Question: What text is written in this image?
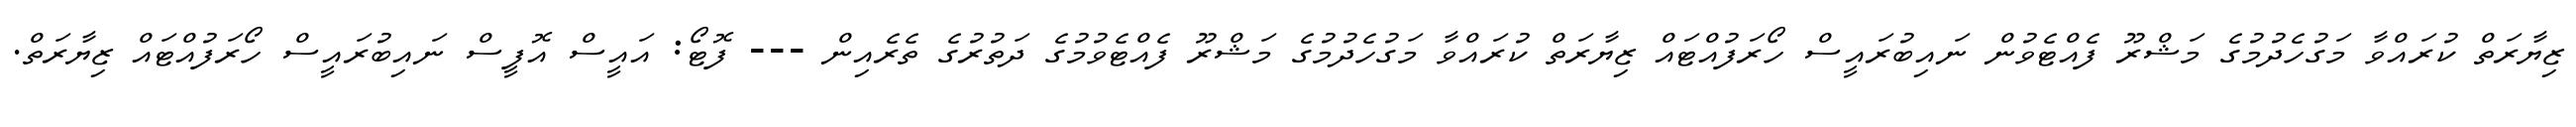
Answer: ޒިޔާރަތް ކުރައްވާ މަގުހެދުމުގެ މަޝްރޫ ފެއްޓެވުން ނައިބުރައީސް ހޯރަފުއްޓައް ޒިޔާރަތް ކުރައްވާ މަގުހެދުމުގެ މަޝްރޫ ފެއްޓެވުމުގެ ދަތުރުގެ ތެރެއިން --- ފޮޓޯ: އައީސް އޮފީސް ނައިބުރައީސް ހޯރަފުއްޓައް ޒިޔާރަތް.